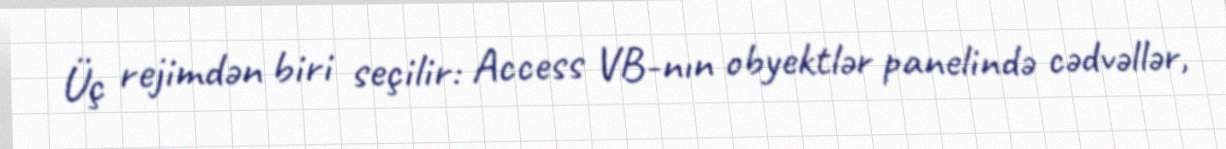
Üç rejimdən biri seçilir: Access VB-nın obyektlər panelində cədvəllər,